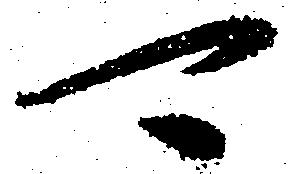
可